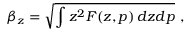
\beta _ { z } = \sqrt { \int z ^ { 2 } { \cal F } ( z , p ) \, d z d p } \, \, ,